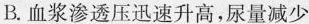
B.血浆渗透压迅速升高，尿量减少